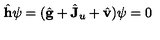
\hat { \bf h } \psi = ( \hat { \bf g } + \hat { \bf J } _ { u } + \hat { \bf v } ) \psi = 0